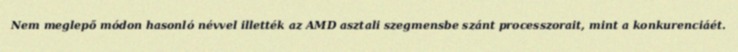
Nem meglepő módon hasonló névvel illették az AMD asztali szegmensbe szánt processzorait, mint a konkurenciáét.